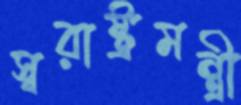
স্বরাষ্ট্রমন্ত্রী